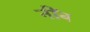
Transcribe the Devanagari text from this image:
नींब